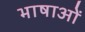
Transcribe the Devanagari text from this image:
भाषाओें